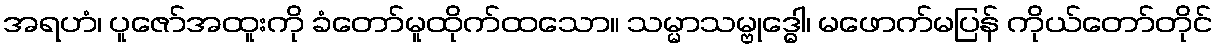
အရဟံ၊ ပူဇော်အထူးကို ခံတော်မူထိုက်ထသော။ သမ္မာသမ္ဗုဒ္ဓေါ၊ မဖောက်မပြန် ကိုယ်တော်တိုင်